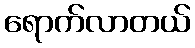
ရောက်လာတယ်